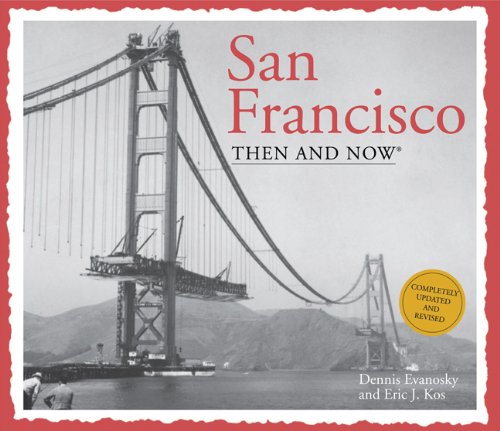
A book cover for San Francisco Then and Now (Then & Now Thunder Bay); Eric J. Kos; Arts & Photography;